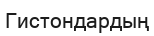
Гистондардың